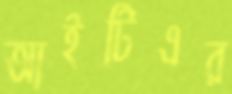
আইটিএর